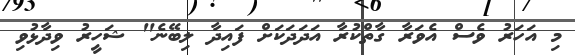
މި އަހަރު ވެސް އެވަރާ ގާތްކުރާ އަދަދަކަށް ފައިދާ ލިބޭނެ" ޝަހީރު ވިދާޅުވި